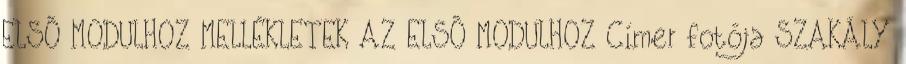
ELSŐ MODULHOZ MELLÉKLETEK AZ ELSŐ MODULHOZ Címer fotója SZAKÁLY